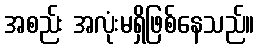
အစည်း အလုံးမရှိဖြစ်နေသည်။